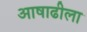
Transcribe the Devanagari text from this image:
आषाढीला